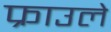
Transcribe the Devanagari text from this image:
फ्राउले